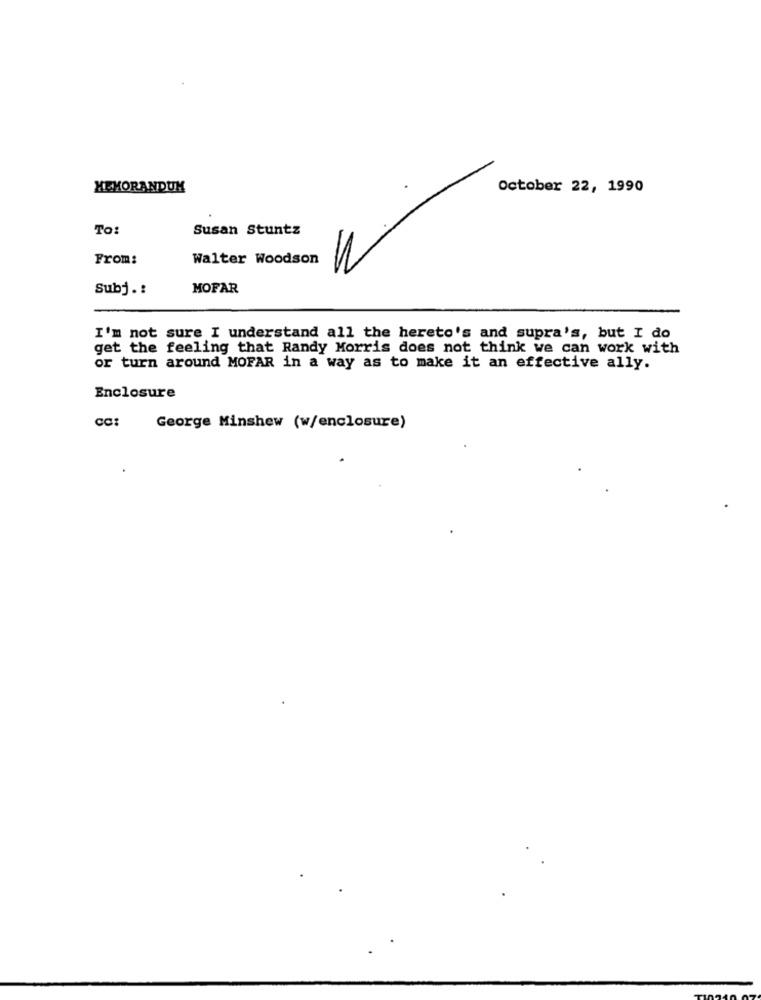
MEMORANDUM
October 22, 1990
To:
Susan Stuntz
From:
Walter Woodson
Subj .:
MOFAR
I'm not sure I understand all the hereto's and supra's, but I do
get the feeling that Randy Morris does not think we can work with
or turn around MOFAR in a way as to make it an effective ally.
Enclosure
CC:
George Minshew (w/enclosure)